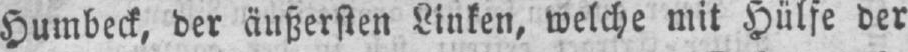
Humbeck, der äußersten Linken, welche mit Hülfe der